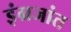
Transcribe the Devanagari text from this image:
इंग्रजांत